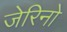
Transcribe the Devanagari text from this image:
जेरिनो